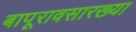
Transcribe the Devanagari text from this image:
बापूरावसारख्या